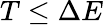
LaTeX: T\le\Delta E